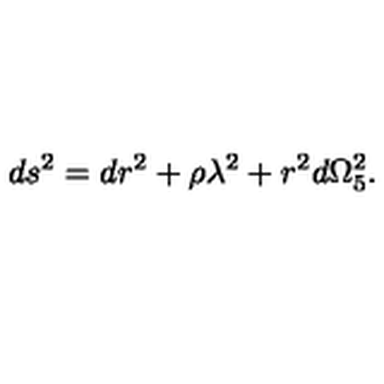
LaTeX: d s ^ { 2 } = d r ^ { 2 } + \rho \lambda ^ { 2 } + r ^ { 2 } d \Omega _ { 5 } ^ { 2 } .